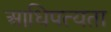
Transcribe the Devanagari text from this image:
आधिपत्यता